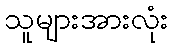
သူများအားလုံး